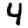
Digit: 4